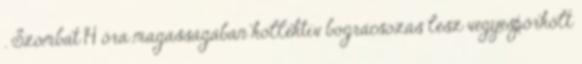
. Szombat 14 óra magasságában kollektív bográcsozás lesz vegyespörkölt